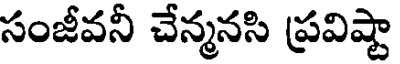
సంజీవనీ చేన్మనసి ప్రవిష్టా